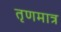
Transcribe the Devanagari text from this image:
तृणमात्र